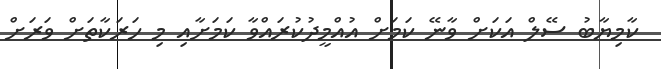
ކާމިޔާބު ސޭލް އަކަށް ވާނޭ ކަމަށް އުއްމީދުކުރައްވާ ކަމަށާއި މި ހަރަކާތަށް ވަރަށް